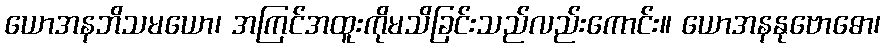
ယောအနဘိသမယော၊ အကြင်အထူးကိုမသိခြင်းသည်လည်းကောင်း။ ယောအနနုဗောဓော၊